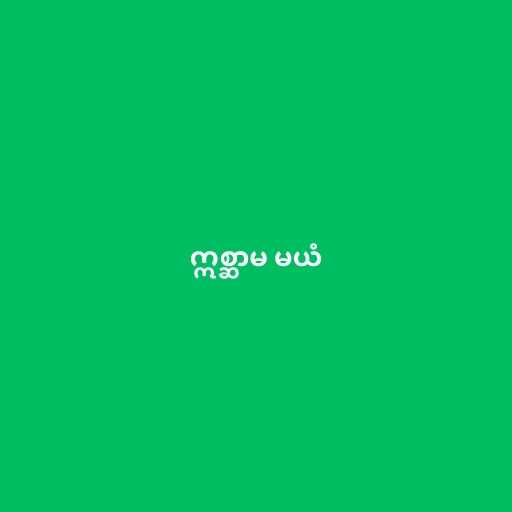
ဣစ္ဆာမ မယံ